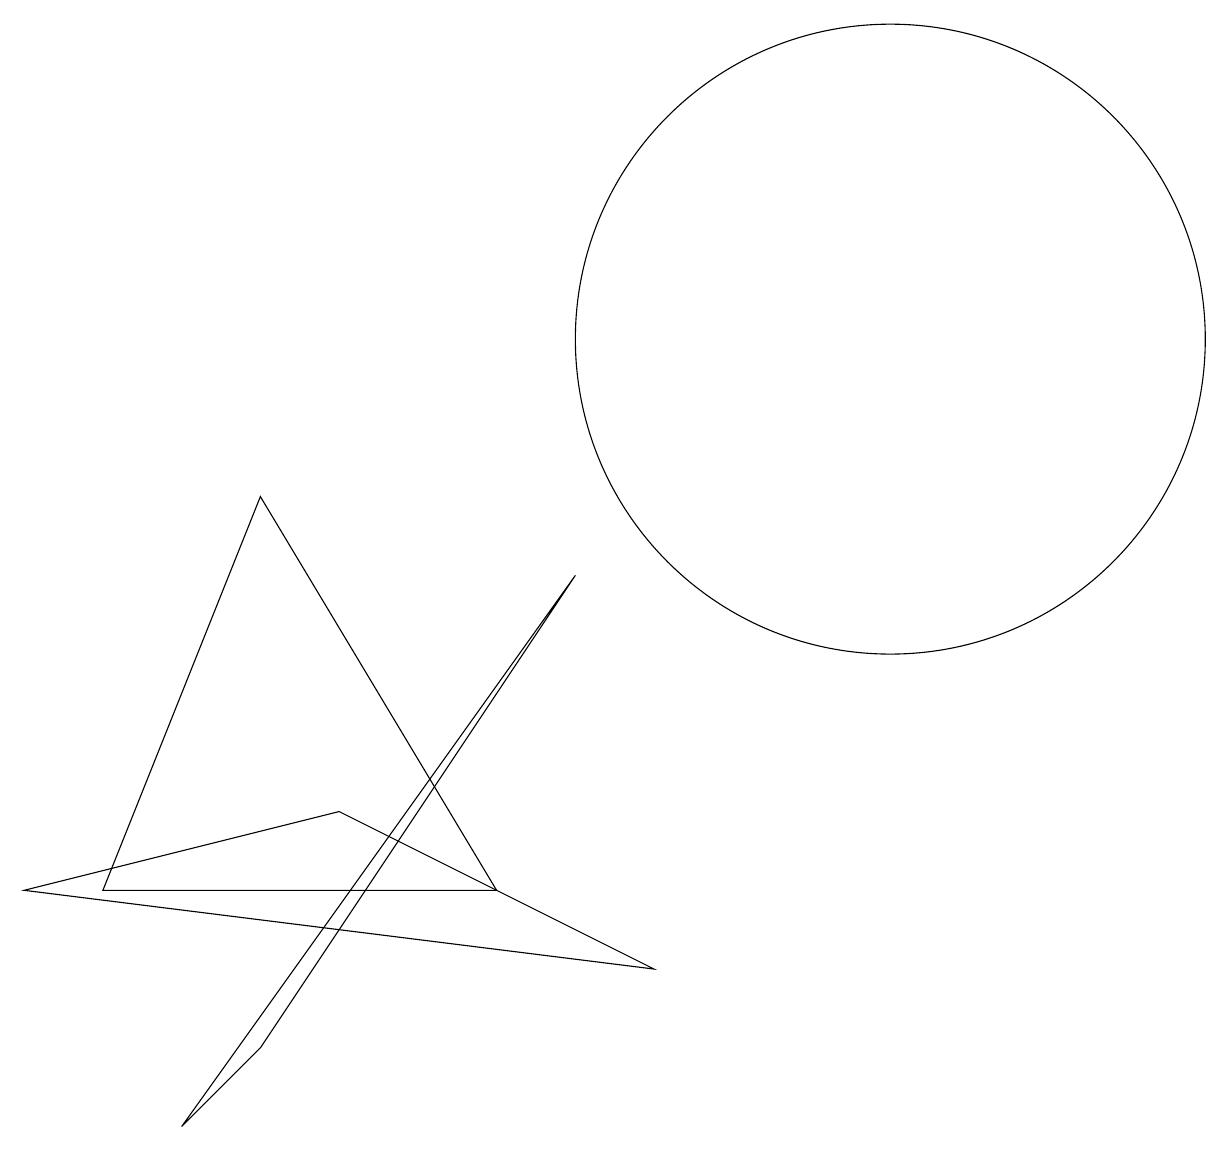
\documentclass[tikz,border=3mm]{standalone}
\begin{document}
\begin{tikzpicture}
\draw (12,10) circle (4);
\draw (3,0) -- (4,1) -- (8,7) -- cycle;
\draw (7,3) -- (4,8) -- (2,3) -- cycle;
\draw (5,4) -- (9,2) -- (1,3) -- cycle;
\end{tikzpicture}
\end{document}